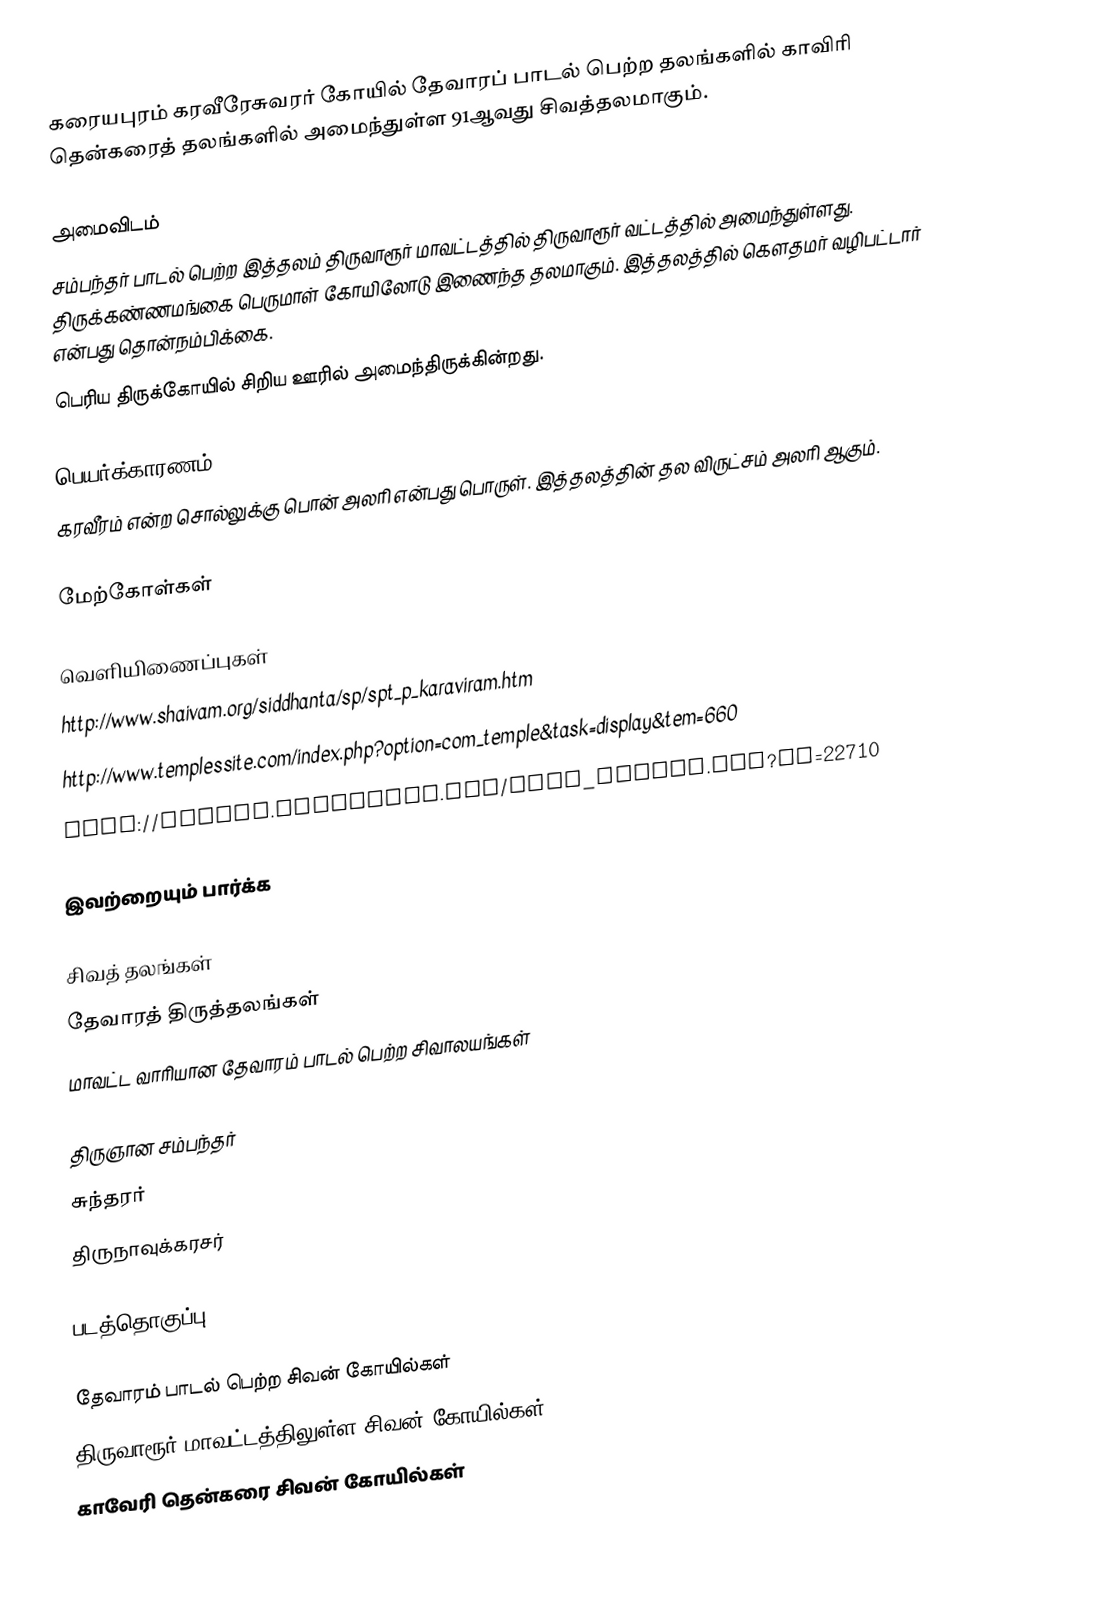
கரையபுரம் கரவீரேசுவரர் கோயில் தேவாரப் பாடல் பெற்ற தலங்களில் காவிரி தென்கரைத் தலங்களில் அமைந்துள்ள 91ஆவது சிவத்தலமாகும்.

அமைவிடம்
சம்பந்தர் பாடல் பெற்ற இத்தலம் திருவாரூர்  மாவட்டத்தில் திருவாரூர் வட்டத்தில் அமைந்துள்ளது. திருக்கண்ணமங்கை பெருமாள் கோயிலோடு இணைந்த தலமாகும். இத்தலத்தில் கௌதமர் வழிபட்டார் என்பது தொன்நம்பிக்கை.
பெரிய திருக்கோயில் சிறிய ஊரில் அமைந்திருக்கின்றது.

பெயர்க்காரணம்
கரவீரம் என்ற சொல்லுக்கு பொன் அலரி என்பது பொருள். இத்தலத்தின் தல விருட்சம் அலரி ஆகும்.

மேற்கோள்கள்

வெளியிணைப்புகள்
 http://www.shaivam.org/siddhanta/sp/spt_p_karaviram.htm
 http://www.templessite.com/index.php?option=com_temple&task=display&tem=660
 http://temple.dinamalar.com/news_detail.php?id=22710

இவற்றையும் பார்க்க

 சிவத் தலங்கள்
 தேவாரத் திருத்தலங்கள்
 மாவட்ட வாரியான தேவாரம் பாடல் பெற்ற சிவாலயங்கள்

 திருஞான சம்பந்தர்
 சுந்தரர்
 திருநாவுக்கரசர்

படத்தொகுப்பு

தேவாரம் பாடல் பெற்ற சிவன் கோயில்கள்
திருவாரூர் மாவட்டத்திலுள்ள சிவன் கோயில்கள்
காவேரி தென்கரை சிவன் கோயில்கள்